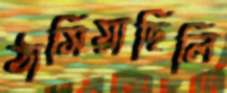
ঠাসিয়াছিলি